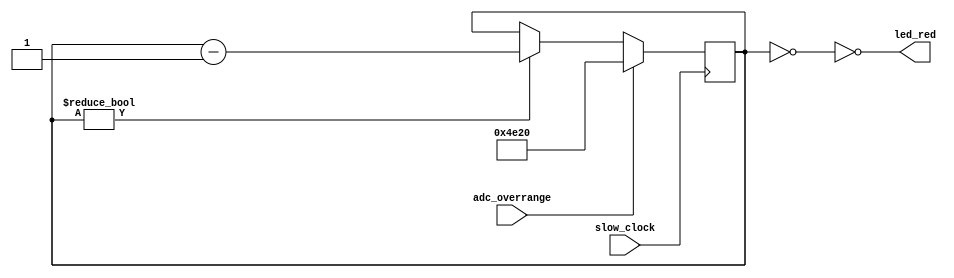
module clip_led (                   // turn on LED for some milliseconds for clip
    input slow_clock,
    input adc_overrange,
    output led_red);

    reg [15:0] timer;
    assign led_red = ~(timer == 0);

    always @(posedge slow_clock)
    begin
        if (adc_overrange)
            timer <= 16'd20000;     // 200msec
        else if (timer != 0)
            timer <= timer - 1'd1;
    end

endmodule